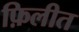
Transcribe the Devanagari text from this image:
फ़िलीत